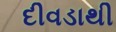
દીવડાથી